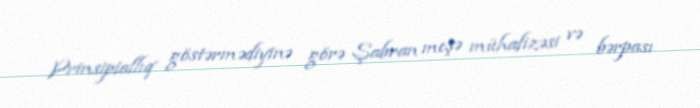
Prinsipiallıq göstərmədiyinə görə Şabran meşə mühafizəsi və bərpası